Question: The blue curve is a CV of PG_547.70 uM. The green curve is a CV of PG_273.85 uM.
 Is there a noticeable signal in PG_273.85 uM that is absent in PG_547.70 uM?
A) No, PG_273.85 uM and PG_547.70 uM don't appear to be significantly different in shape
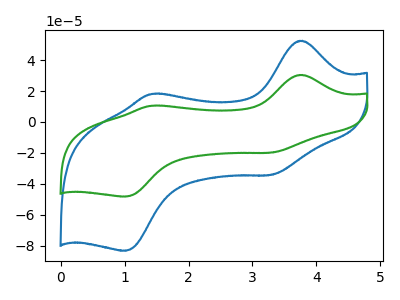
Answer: <think>The blue curve "PG_547.70 uM" has anodic peaks at (3.80V, 52.55uA) (1.45V, 18.15uA) and cathodic peaks at (3.30V, -34.20uA) (1.00V, -83.25uA). The green curve "PG_273.85 uM" has anodic peaks at (3.80V, 30.45uA) (1.45V, 10.50uA) and cathodic peaks at (3.30V, -19.80uA) (1.00V, -48.20uA).
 All the peaks in "PG_273.85 uM" have a peak in "PG_547.70 uM" at the same potential. Every peak in "PG_273.85 uM" is lower than every peak in "PG_547.70 uM".</think>
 <answer>A) No, "PG_273.85 uM" and "PG_547.70 uM" don't appear to be significantly different in shape</answer>
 <eval>A</eval>